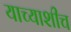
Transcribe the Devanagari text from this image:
याच्याशीच